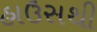
હાઉસથી